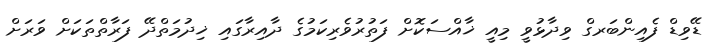
ޑޭވިޑް ފެއިންބަރގް ވިދާޅުވީ މިއީ ޚާއްސަކޮށް ފަތުރުވެރިކަމުގެ ދާއިރާގައި ޚިދުމަތްދޭ ފަރާތްތަކަށް ވަރަށް